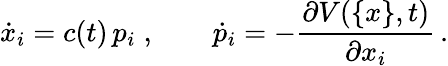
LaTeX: \dot{x}_{i}=c(t)\, p_{i}\; ,\qquad\dot{p}_{i}=-\frac{\partial V(\{ x\} ,t)}{\partial x_{i}}\, .